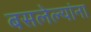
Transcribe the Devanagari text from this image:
बसलेल्यांना